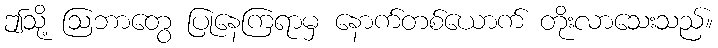
ဤသို့ ဩဘာတွေ ပြုနေကြရာမှ နောက်တစ်ယောက် တိုးလာသေးသည်။